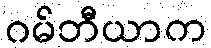
ဂမ်ဘီယာက